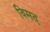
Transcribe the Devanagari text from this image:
विमद